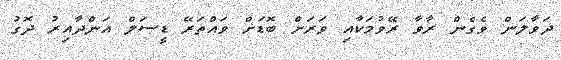
ދަވާލަން ވެގެން ރާވާ ރޭވުމަކާއި ވަރަށް ބޮޑަށް ވައްތަރޭ ޑީސަލް އަންދާއިރު ދޮގު